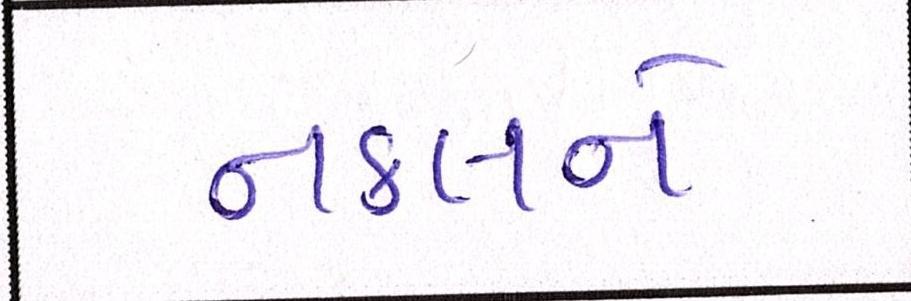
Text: નકલને